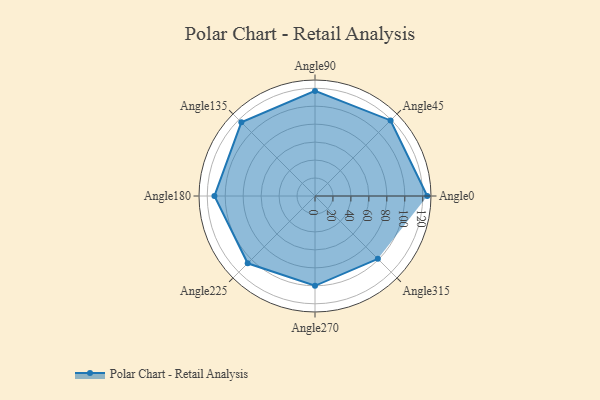
{"axis": {"x": "Angle", "y": "Radius"}, "legend": [""], "data": [{"x": "Angle0", "y": 125.0, "type": ""}, {"x": "Angle45", "y": 119.0, "type": ""}, {"x": "Angle90", "y": 117.0, "type": ""}, {"x": "Angle135", "y": 116.0, "type": ""}, {"x": "Angle180", "y": 112.0, "type": ""}, {"x": "Angle225", "y": 106.0, "type": ""}, {"x": "Angle270", "y": 100.0, "type": ""}, {"x": "Angle315", "y": 99.0, "type": ""}]}